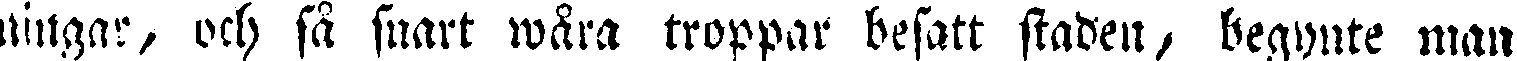
ningar, och så snart wåra troppar besatt staden, begynte man